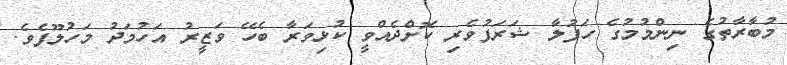
މުބާރާތުގެ ނިންމުމުގެ ހަފުލާ ޝަރަފުވެރި ކޮށްދެއްވީ ކުޅިވަރާ ބެހޭ ވަޒީރު އަހުމަދު މަހުލޫފެވެ.